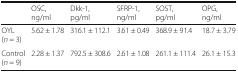
<table><thead><tr><td></td><td><b>OSC, ng/ml</b></td><td><b>Dkk-1, pg/ml</b></td><td><b>SFRP-1, ng/ml</b></td><td><b>SOST, pg/ml</b></td><td><b>OPG, ng/ml</b></td></tr></thead><tbody><tr><td>OYL (<i>n</i> = 3)</td><td>5.62 ± 1.78</td><td>316.1 ± 112.1</td><td>3.61 ± 0.49</td><td>368.9 ± 91.4</td><td>18.7 ± 3.79</td></tr><tr><td>Control (<i>n</i> = 9)</td><td>2.28 ± 1.37</td><td>792.5 ± 308.6</td><td>2.61 ± 1.08</td><td>261.1 ± 111.4</td><td>26.1 ± 15.3</td></tr></tbody></table>